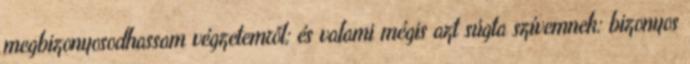
megbizonyosodhassam végzetemről; és valami mégis azt súgta szívemnek: bizonyos